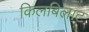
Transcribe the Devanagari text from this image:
किलबिलाट